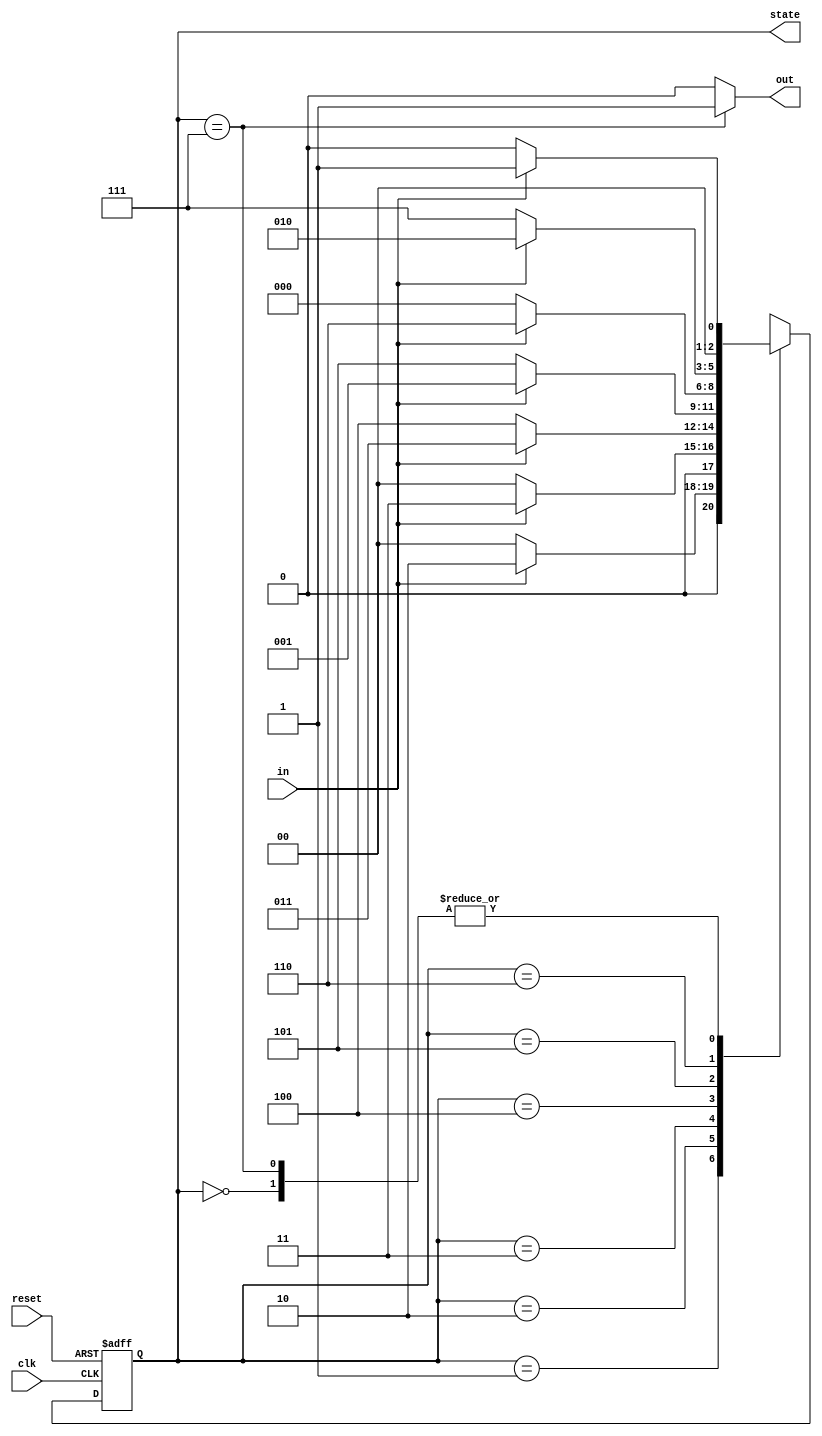
`timescale 10ns/1ns
module FSMseq(in, out, clk, reset, state);
input in;
input clk;
input reset;
output out; 
output [2:0] state;

reg [2:0] next_state;
reg [2:0] cur_state;
parameter s0='d0, s1='d1, s2='d2, s3='d3, s4='d4, s5='d5, s6='d6, s7='d7;
parameter DLY = 1;

//reset and next change to cur
always @ (posedge clk or negedge reset) begin
    if(!reset) begin
        cur_state <= #DLY s0;
    end
    else begin
        cur_state <= #DLY next_state;
    end
end

// next_state
always @ (*) begin
    case(cur_state)
        s0: begin
            if(in==1)
                next_state = s1;
            else
                next_state = s0;
        end
        s1: begin
            if(in==1)
                next_state = s2;
            else
                next_state = s0;
        end
        s2: begin
            if(in==1)
                next_state = s3;
            else
                next_state = s0;
        end
        s3: begin
            if(in==1)
                next_state = s3;
            else
                next_state = s4;
        end        
        s4: begin
            if(in==1)
                next_state = s1;
            else
                next_state = s5;
        end        
        s5: begin
            if(in==1)
                next_state = s6;
            else
                next_state = s0;
        end        
        s6: begin
            if(in==1)
                next_state = s2;
            else
                next_state = s7;
        end
        s7: begin
            if(in==1)
                next_state = s1;
            else
                next_state = s0;
        end
        default:begin
            next_state = s0;
        end
    endcase
end

//output in assign
assign out = (cur_state == s7) ? 1:0;
assign state = cur_state; 
endmodule